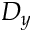
D _ { y }